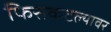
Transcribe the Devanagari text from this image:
फिसकटल्यावर